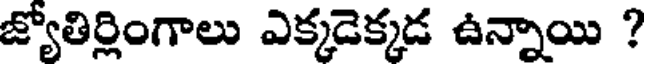
జ్యోతిర్లింగాలు ఎక్కడెక్కడ ఉన్నాయి ?